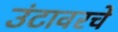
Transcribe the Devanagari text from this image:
उंटावरचे